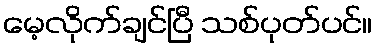
မေ့လိုက်ချင်ပြီ သစ်ပုတ်ပင်။